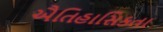
ઐતિહાસિકતા